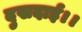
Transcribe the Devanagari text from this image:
दुखदाई।।